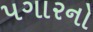
પગારનો